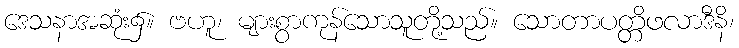
ဒေသနာအဆုံး၌။ ဗဟူ၊ များစွာကုန်သောသူတို့သည်။ သောတာပတ္တိဖလာဒီနိ၊